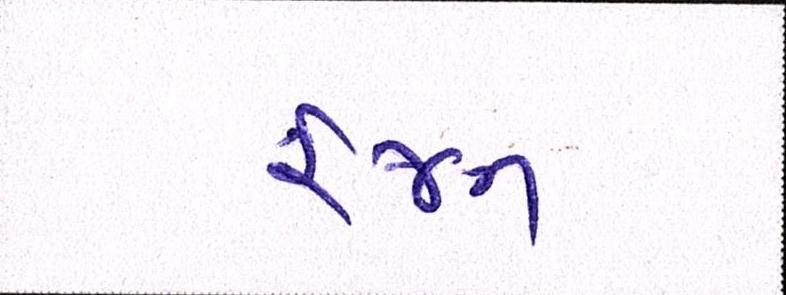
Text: રંજન